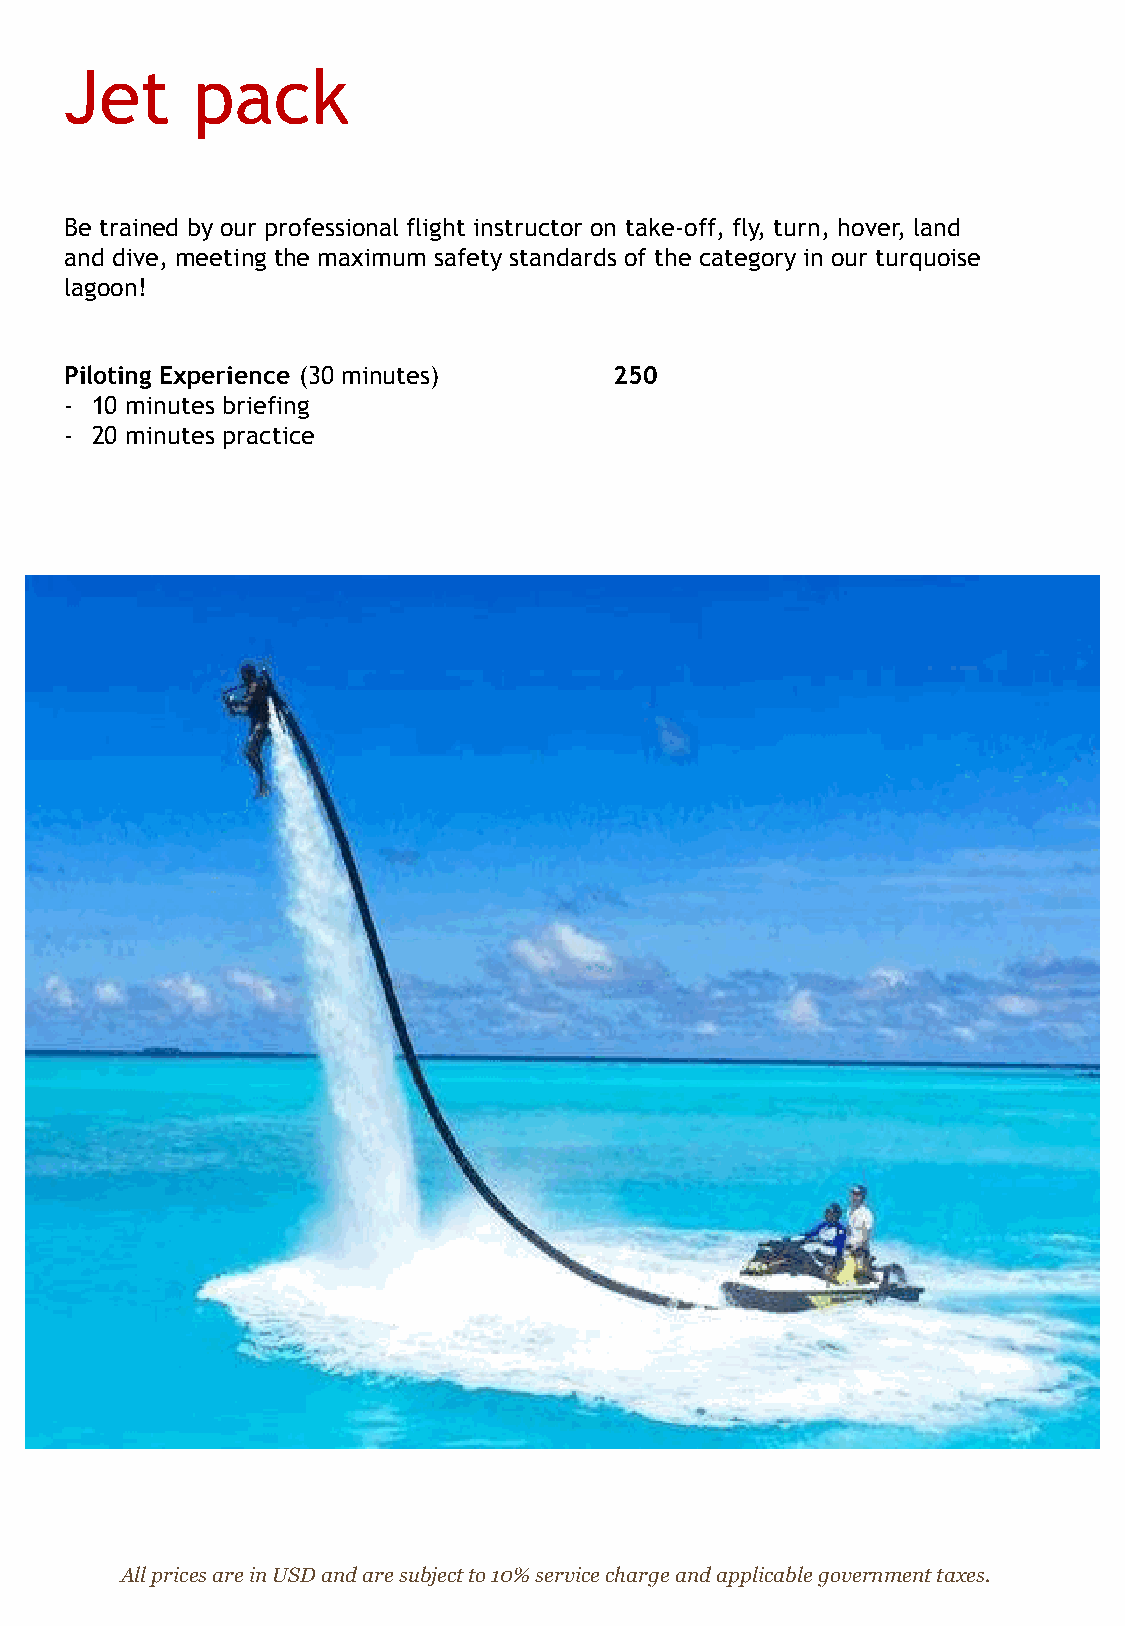
Jet      pack
 Be trained by our professional flight instructor on take-off, fly, turn, hover, land
 and dive, meeting the maximum safety standards of the category in our turquoise
 lagoon!
 Piloting Experience (30 minutes)     250
 - 10 minutes briefing
 - 20 minutes practice
 All prices are in USD and are subject to 10% service charge and applicable government taxes.